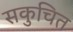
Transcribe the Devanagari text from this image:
सकुचित